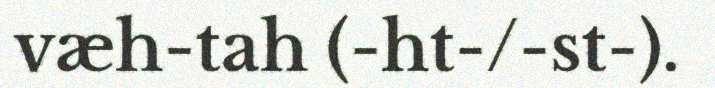
væh-tah (-ht-/-st-).